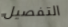
التفصيل